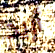
أريد